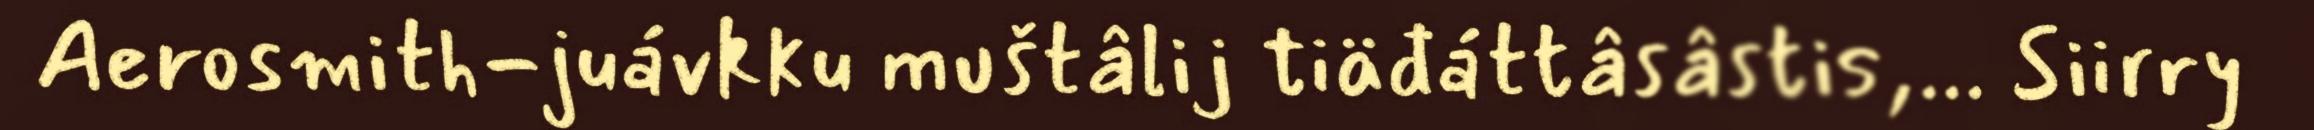
Aerosmith-juávkku muštâlij tiäđáttâsâstis,... Siirry